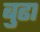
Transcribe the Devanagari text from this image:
बुढा